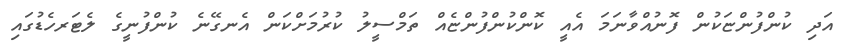
އަދި ކުންފުންޏަކުން ފޮނުއްވާނަމަ އެއީ ކޮންކުންފުންޏެއް ތަމްސީލު ކުރުމަށްކަން އެނގޭނެ ކުންފުނީގެ ލެޓަރހެޑުގައި